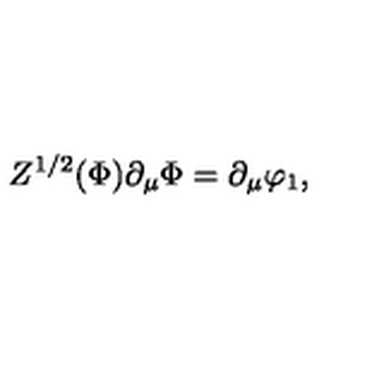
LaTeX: Z ^ { 1 / 2 } ( \Phi ) \partial _ { \mu } \Phi = \partial _ { \mu } \varphi _ { 1 } ,